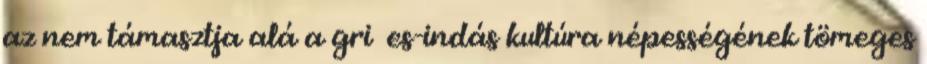
az nem támasztja alá a griﬀes-indás kultúra népességének tömeges